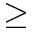
\geq